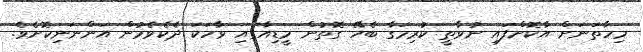
މިހާތަނަށް އާކޮށްފައި ނުވާތީ ކުރިމަގާ ބެހޭ ގޮތުން މީޑިއާގައި ވާހަކަ ދެކެވެމުން އަންނަނިކޮށެވެ.